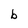
Character: b